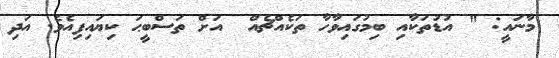
މާނައީ: " އުޑުތަކާއި ބިމުގައިވާހާ ތަކެއްޗެއް  އަށް ތަސްބީޙަ ކިޔައިފިއެވެ. އަދި